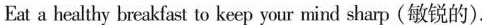
Eat a healthy breakfast to keep your mind sharp(敏锐的).